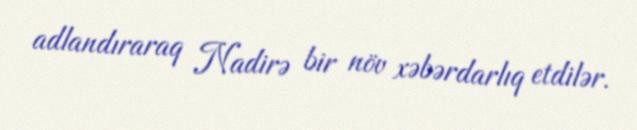
adlandıraraq Nadirə bir növ xəbərdarlıq etdilər.